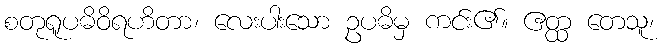
စတုရူပဓိဝိရဟိတာ၊ လေးပါးသော ဥပဓိမှ ကင်း၏။ ဧတ္ထ တေသူ၊